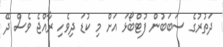
ދަތުރުގެ ސަބަބުން ފުޓްބޯޅަ އަށް މި ކުޑަ ދިވެހި ރާއްޖެ ވެސް ދޭ